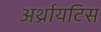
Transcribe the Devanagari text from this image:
अर्थ्रायटिस